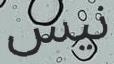
نيس